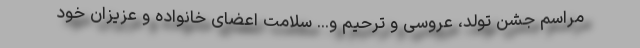
مراسم جشن تولد، عروسی و ترحیم و... سلامت اعضای خانواده و عزیزان خود